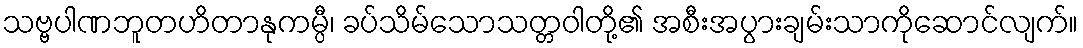
သဗ္ဗပါဏဘူတဟိတာနုကမ္ပီ၊ ခပ်သိမ်သောသတ္တဝါတို့၏ အစီးအပွားချမ်းသာကိုဆောင်လျက်။